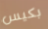
بكيس